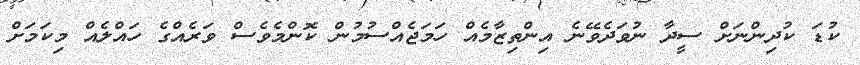
ކުޑަ ކުދިންނަށް ސީދާ ނުވަދެވޭނެ އިންތިޒާމެއް ހަަމަޖެއްސުމުން ކޮންމެވެސް ވަރެއްގެ ހައްލެއް މިކަމަށް